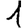
Digit: 1